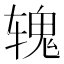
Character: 𬨐